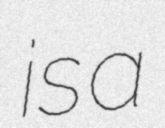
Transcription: is a